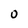
Character: O